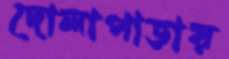
দোলাপাড়ায়